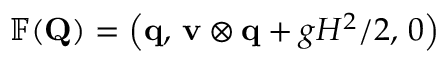
\mathbb { F } ( \mathbf { Q } ) = \left( \mathbf { q } , \, \mathbf { v } \otimes \mathbf { q } + g H ^ { 2 } / 2 , \, 0 \right)